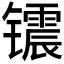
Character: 𮸣